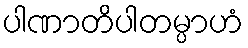
ပါဏာတိပါတမ္ပာဟံ